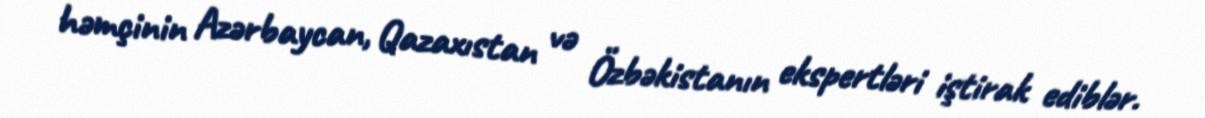
həmçinin Azərbaycan, Qazaxıstan və Özbəkistanın ekspertləri iştirak ediblər.